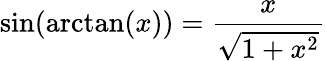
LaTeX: \sin(\arctan(x))={\frac{x}{\sqrt{1+x^{2}}}}